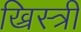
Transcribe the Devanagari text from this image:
ख्रिस्त्री